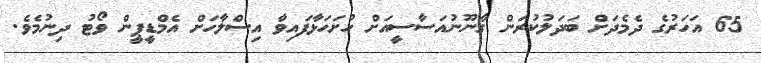
65 އަހަރުގެ ދެމެދަށް ބަދަލުކުރަން ގާނޫނުއަސާސީއަށް ހުށަހަޅާފައިވާ އިސްލާހަށް އެމްޑީޕީން ވޯޓު ދިނުމެވެ.